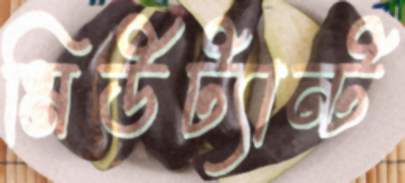
মিউট্যান্ট